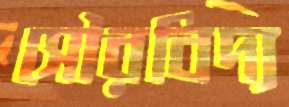
সৌরবিদ্য